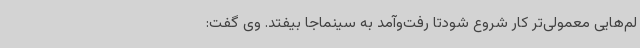
لم‌هایی معمولی‌تر کار شروع شودتا رفت‌وآمد به سینماجا بیفتد. وی گفت:‌